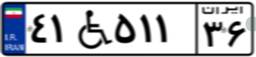
۴۱W۵۱۱۳۶